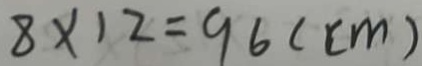
8 \times 1 2 = 9 6 ( c m )